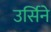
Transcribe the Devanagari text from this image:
उर्सिने